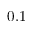
0 . 1